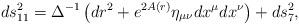
LaTeX: \begin{align*}ds_{11}^2 =\Delta^{-1}\left(dr^2 +e^{2 A(r)}\eta_{\mu\nu}dx^\mu dx^\nu \right)+ds_7^2,\end{align*}